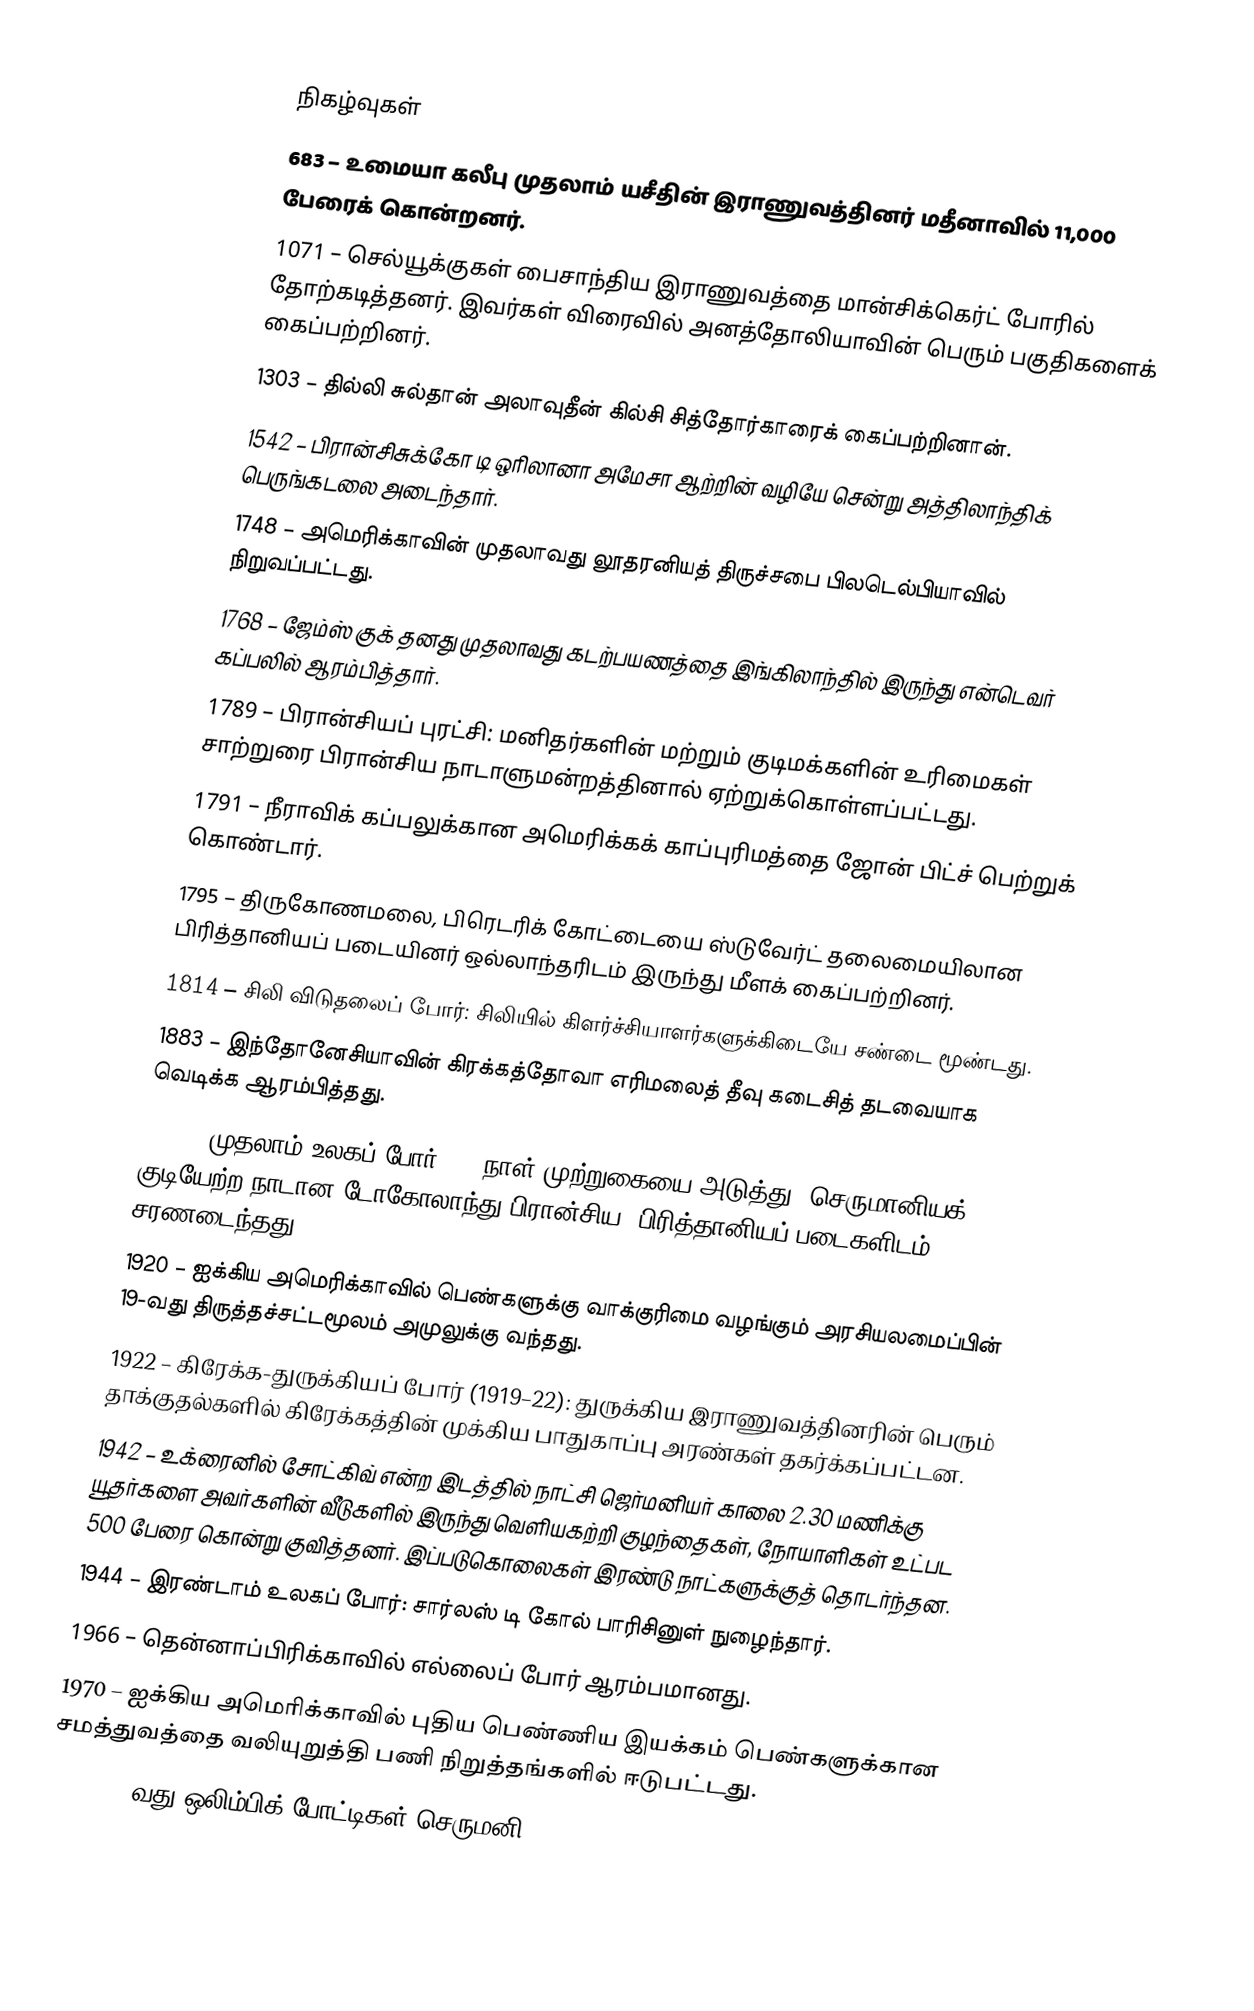

நிகழ்வுகள்
683 – உமையா கலீபு முதலாம் யசீதின் இராணுவத்தினர் மதீனாவில் 11,000 பேரைக் கொன்றனர்.
1071 – செல்யூக்குகள் பைசாந்திய இராணுவத்தை மான்சிக்கெர்ட் போரில் தோற்கடித்தனர். இவர்கள் விரைவில் அனத்தோலியாவின் பெரும் பகுதிகளைக் கைப்பற்றினர்.
1303 – தில்லி சுல்தான் அலாவுதீன் கில்சி சித்தோர்காரைக் கைப்பற்றினான்.
1542 – பிரான்சிசுக்கோ டி ஒரிலானா அமேசா ஆற்றின் வழியே சென்று அத்திலாந்திக் பெருங்கடலை அடைந்தார்.
1748 – அமெரிக்காவின் முதலாவது லூதரனியத் திருச்சபை பிலடெல்பியாவில் நிறுவப்பட்டது.
1768 – ஜேம்ஸ் குக் தனது முதலாவது கடற்பயணத்தை இங்கிலாந்தில் இருந்து என்டெவர் கப்பலில் ஆரம்பித்தார்.
1789 – பிரான்சியப் புரட்சி: மனிதர்களின் மற்றும் குடிமக்களின் உரிமைகள் சாற்றுரை பிரான்சிய நாடாளுமன்றத்தினால் ஏற்றுக்கொள்ளப்பட்டது.
1791 – நீராவிக் கப்பலுக்கான அமெரிக்கக் காப்புரிமத்தை ஜோன் பிட்ச் பெற்றுக் கொண்டார்.
1795 – திருகோணமலை, பிரெடரிக் கோட்டையை ஸ்டுவேர்ட் தலைமையிலான பிரித்தானியப் படையினர் ஒல்லாந்தரிடம் இருந்து மீளக் கைப்பற்றினர்.
1814 – சிலி விடுதலைப் போர்: சிலியில் கிளர்ச்சியாளர்களுக்கிடையே சண்டை மூண்டது.
1883 – இந்தோனேசியாவின் கிரக்கத்தோவா எரிமலைத் தீவு கடைசித் தடவையாக வெடிக்க ஆரம்பித்தது.
1914 – முதலாம் உலகப் போர்: 20-நாள் முற்றுகையை அடுத்து, செருமானியக் குடியேற்ற நாடான டோகோலாந்து பிரான்சிய, பிரித்தானியப் படைகளிடம் சரணடைந்தது.
1920 – ஐக்கிய அமெரிக்காவில் பெண்களுக்கு வாக்குரிமை வழங்கும் அரசியலமைப்பின் 19-வது திருத்தச்சட்டமூலம் அமுலுக்கு வந்தது.
1922 – கிரேக்க-துருக்கியப் போர் (1919–22): துருக்கிய இராணுவத்தினரின் பெரும் தாக்குதல்களில் கிரேக்கத்தின் முக்கிய பாதுகாப்பு அரண்கள் தகர்க்கப்பட்டன.
1942 – உக்ரைனில் சோட்கிவ் என்ற இடத்தில் நாட்சி ஜெர்மனியர் காலை 2.30 மணிக்கு யூதர்களை அவர்களின் வீடுகளில் இருந்து வெளியகற்றி குழந்தைகள், நோயாளிகள் உட்பட 500 பேரை கொன்று குவித்தனர். இப்படுகொலைகள் இரண்டு நாட்களுக்குத் தொடர்ந்தன.
1944 – இரண்டாம் உலகப் போர்: சார்லஸ் டி கோல் பாரிசினுள் நுழைந்தார்.
1966 – தென்னாப்பிரிக்காவில் எல்லைப் போர் ஆரம்பமானது.
1970 – ஐக்கிய அமெரிக்காவில் புதிய பெண்ணிய இயக்கம் பெண்களுக்கான சமத்துவத்தை வலியுறுத்தி பணி நிறுத்தங்களில் ஈடுபட்டது.
1972 – 22வது ஒலிம்பிக் போட்டிகள் செருமனி